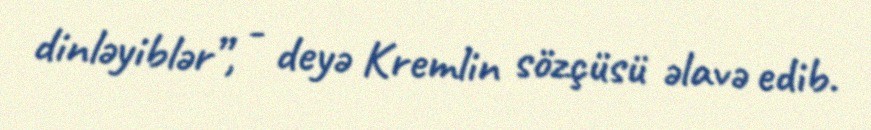
dinləyiblər”, - deyə Kremlin sözçüsü əlavə edib.